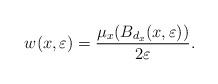
LaTeX: \begin{align*}w(x,\varepsilon) = \frac{ \mu_x(B_{d_x}(x,\varepsilon))}{2\varepsilon}. \end{align*}